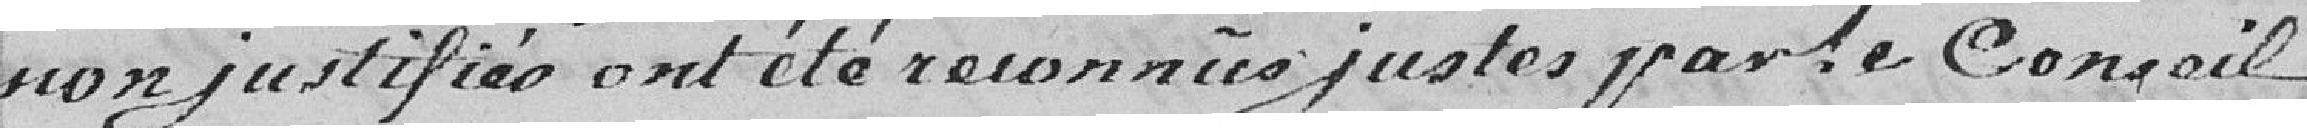
non justifiés, ont été reconnus juste par le Conseil